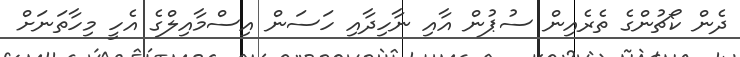
ދެން ކޯޗުންގެ ތެރެއިން ސުޕުން އާއި ނާހިދާއި ހަސަން އިސްމާއިލްގެ އެހީ މިހާތަނަށް